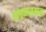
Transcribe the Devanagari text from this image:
खंड्यासमान